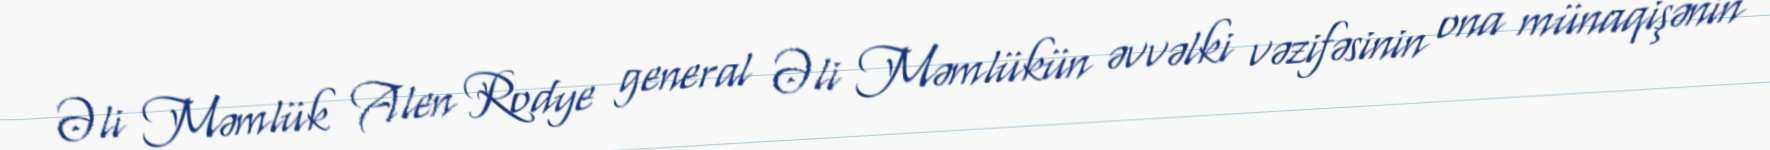
Əli Məmlük Alen Rodye general Əli Məmlükün əvvəlki vəzifəsinin ona münaqişənin